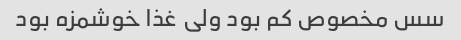
سس مخصوص کم بود ولی غذا خوشمزه بود